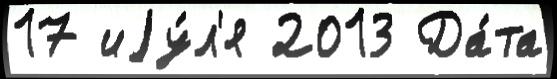
17 иjу́л'я 2013 Да́та